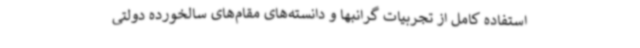
استفاده کامل از تجربیات گرانبها و دانسته‌های مقام‌های سالخورده دولتی